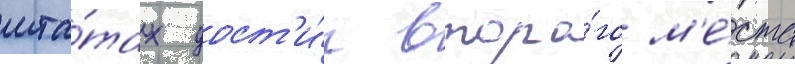
шта́тах дост'и́г второ́го м'е́ста